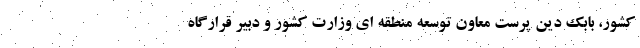
کشور، بابک دین پرست معاون توسعه منطقه ای وزارت کشور و دبیر قرارگاه